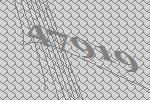
47919